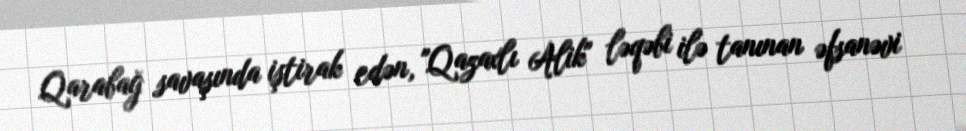
Qarabağ savaşında iştirak edən, "Qazaxlı Alik" ləqəbi ilə tanınan əfsanəvi